Report of the King Institute of Preventive Medicine, Guindy
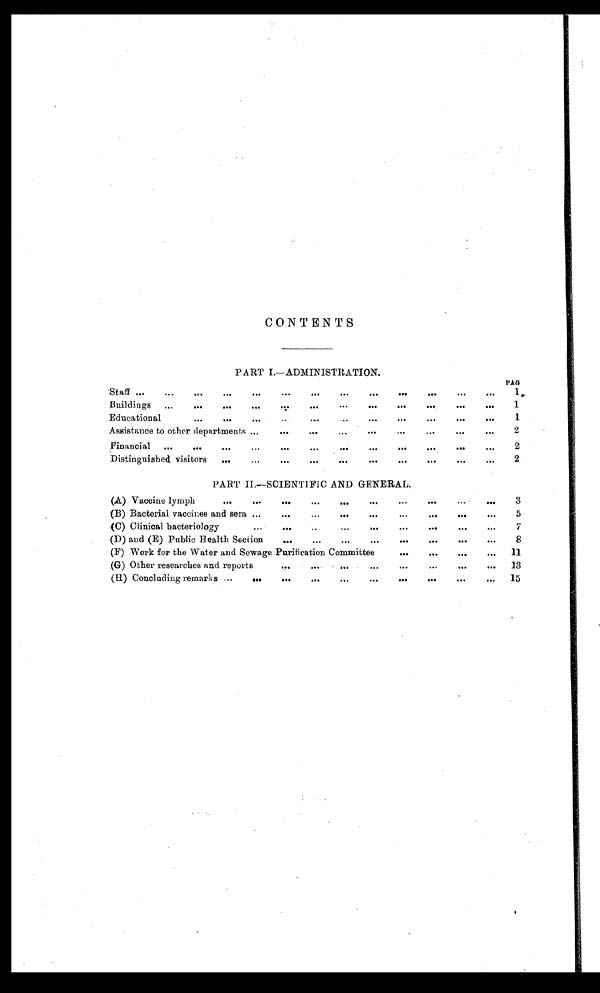
CONTENTS
PART I.—ADMINISTRATION.
PAG
Staff ...
...
...
...
...
.. . ... ... ... ... ... ... ... 1
B uildings
...
...
.. .
. . .
. . .
. . .
. . .
. . .
. . . .
. . .
. . .
. . .
1
Educational
...
....
...
.
.
. . .
.. .
. . .
. . .
. . .
. . .
. . .
1
Assistance to other departments ...
. . . .
. . .
. . .
. . .
. . .
. .
.
. . .
. . .
2
Financial ...
...
...
...
. . .
. . .
. . .
. . .
. . .
. -
2
Distinguished visitors
...
...
. . .
. . .
. . .
. . .
. . .
. . .
. . .
...
2
PART II.— SCIENTIFIC AND GENERAL.
(A) Vaccine lymph
,..
...
. . .
...
. . .
...
. . .
. . .
. . .
3
(B) Bacterial vaccines and sera ...
. . .
. . .
. . .
...
...
. . .
...
. . .
5
(C) Clinical bacteriology
. . .
. .
...
. . .
. . .
. . .
. . .
. . .
. .
7
(D) and (E) Public Health Section
. . .
...
. . .
. . .
...
...
...
...
8
(F) Work for the Water and Sewage Purification Committee
. . .
. . .
...
...
11
(G) Other researches and reports
.....
. . . .
. . .
. . .
...
...
. . .
. . .
13
(H) Concluding remarks ...
. . .
. . .
. . .
. . .
. . .
. . .
. . .
...
15